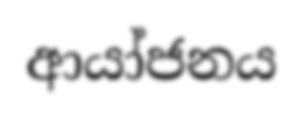
ආයා්ජනය